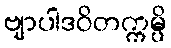
ဗျာပါဒဝိတက္ကမ္ပိ